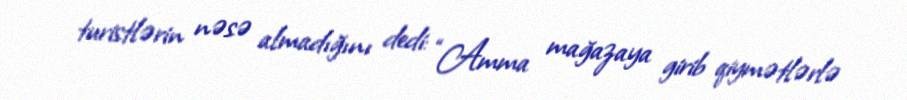
turistlərin nəsə almadığını dedi: “Amma mağazaya girib qiymətlərlə